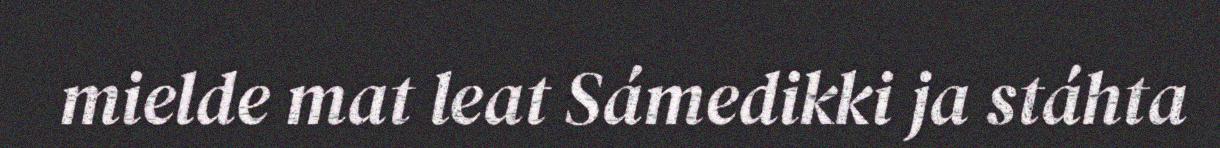
mielde mat leat Sámedikki ja stáhta